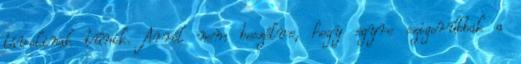
távolinak tûnik. Arról nem beszélve, hogy egyre szigorúbbak a